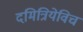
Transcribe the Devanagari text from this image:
दमित्रियेविच